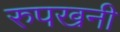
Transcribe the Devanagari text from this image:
रुपखनी